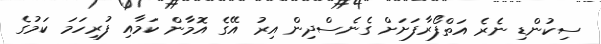
ސިކުންޑި ނެރެ އަތްފޯރާފަށަށް ގެނެސްދިން އިރު އޭގެ އޮމާން ކަމާއި ފުރިހަމަ ކަމުގެ